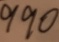
9 9 0